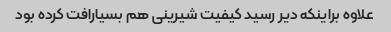
علاوه براینکه دیر رسید کیفیت شیرینی هم بسیارافت کرده بود